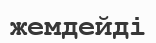
жемдейді